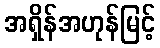
အရှိန်အဟုန်မြင့်